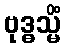
ဗုဒ္ဓသ္မိံ